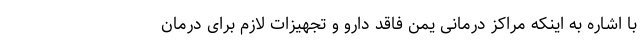
با اشاره به اینکه مراکز درمانی یمن فاقد دارو و تجهیزات لازم برای درمان